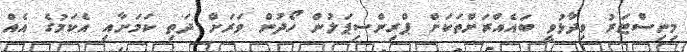
މިނިސްޓަރު ވިދާޅުވީ ބައެއްރަށްތަކަށް ޕްރިންސިޕަލުން ހޯދުން ވަރަށް ދަތި ކަމަށާއި އެކަމުގެ އެއް